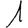
Digit: 1